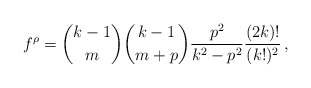
\begin{align*}f^\rho = {k-1 \choose m} {k-1 \choose m+p} {p^2 \over k^2 -p^2}{(2k)! \over (k!)^2}\, ,\end{align*}